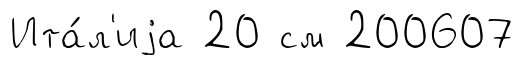
Ита́л'иjа 20 см 200607